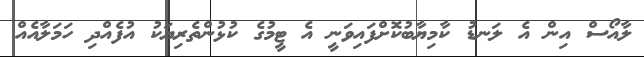
ލާއޯސް އިން އެ ލަނޑު ކާމިޔާބުކޮށްފައިވަނީ އެ ޓީމުގެ ކުޅުންތެރިޔަކު އުފެއްދި ހަމަލާއެއް